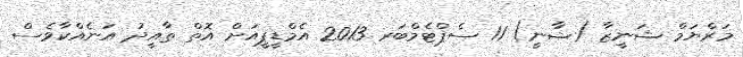
މަރްޔަމް ޝަނީޒާ (ޝާނީ) 11 ސެޕްޓެމްބަރ 2013 އެމްޑީޕީއަށް އޮތް ތާއީދު އަނެއްކާވެސް